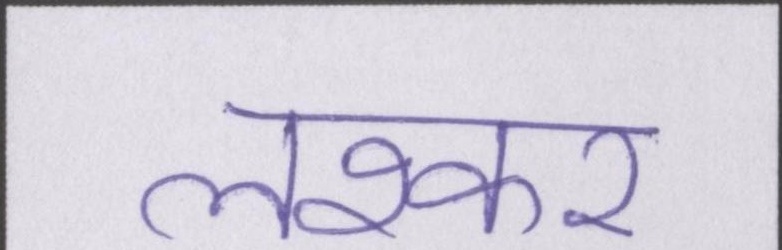
लश्कर